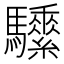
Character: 𩧖